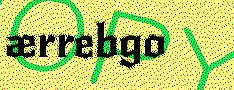
ærrebgo